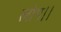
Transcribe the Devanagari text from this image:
लोग।।